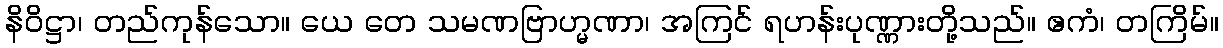
နိဝိဋ္ဌာ၊ တည်ကုန်သော။ ယေ တေ သမဏဗြာဟ္မဏာ၊ အကြင် ရဟန်းပုဏ္ဏားတို့သည်။ ဧကံ၊ တကြိမ်။